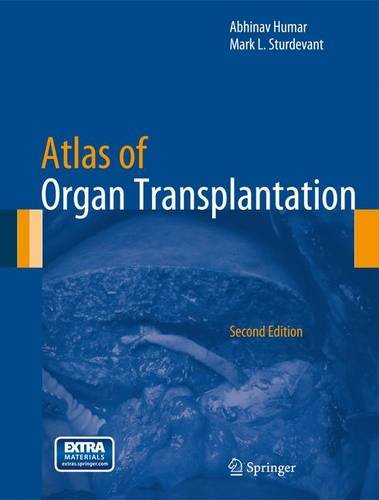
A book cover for Atlas of Organ Transplantation; Health, Fitness & Dieting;